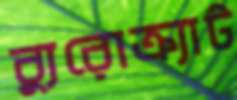
ব্যুরোক্র্যাট